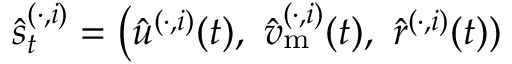
\hat { \boldsymbol { s } } _ { t } ^ { ( \cdot , i ) } = \big ( \hat { u } ^ { ( \cdot , i ) } ( t ) , ~ \hat { v } _ { \mathrm { m } } ^ { ( \cdot , i ) } ( t ) , ~ \hat { r } ^ { ( \cdot , i ) } ( t ) )